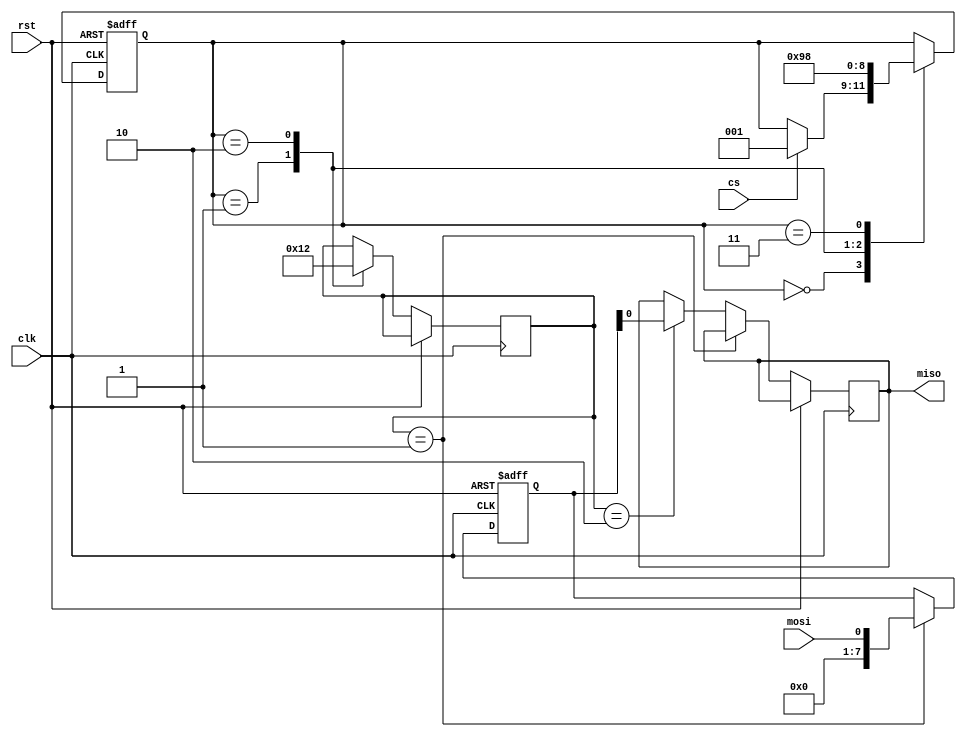
module spi_master (
    input wire clk,
    input wire rst,
    input wire cs,
    input wire mosi,
    output wire miso
);

// Define internal signals
reg [7:0] data_buffer;
reg [2:0] state;
reg [3:0] control;
reg clk_gen;
reg [7:0] shift_reg;

// Define states
parameter IDLE = 3'b000;
parameter SEND = 3'b001;
parameter RECEIVE = 3'b010;
parameter TRANSFER = 3'b011;

// Clock generator block
always @(posedge clk or posedge rst)
begin
    if (rst)
        clk_gen <= 1'b0;
    else
        clk_gen <= ~clk_gen;
end

// Data buffer block
always @(posedge clk or posedge rst)
begin
    if (rst)
        data_buffer <= 8'h00;
    else if (control == SEND)
        data_buffer <= mosi;
    else if (control == RECEIVE)
        miso <= data_buffer;
end

// State machine
always @(posedge clk or posedge rst)
begin
    if (rst)
        state <= IDLE;
    else
    begin
        case(state)
            IDLE: begin
                if (cs)
                    state <= SEND;
            end
            SEND: begin
                state <= RECEIVE;
                control <= SEND;
            end
            RECEIVE: begin
                state <= TRANSFER;
                control <= RECEIVE;
            end
            TRANSFER: begin
                state <= IDLE;
            end
        endcase
    end
end

// Shift register block
always @(posedge clk or posedge rst)
begin
    if (rst)
        shift_reg <= 8'h00;
    else if (state == TRANSFER)
        shift_reg <= {shift_reg[6:0], mosi};
end

endmodule